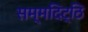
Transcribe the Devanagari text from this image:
सम्मदिट्ठि